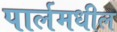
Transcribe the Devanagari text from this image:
पार्लमधील